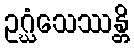
ဥဂ္ဃံသေဿန္တိ